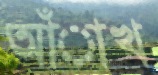
আঁাখ